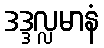
ဒဒ္ဒလ္လမာနံ